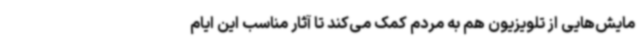
مایش‌هایی از تلویزیون هم به مردم کمک می‌کند تا آثار مناسب این ایام